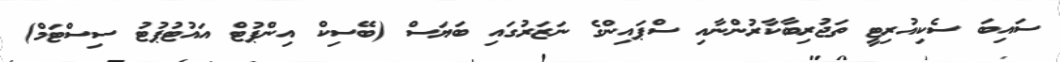
ސައިބަ ސެކިއުރިޓީ ތަޖުރިބާކާރުންނާއި ސްޕައިންގެ ނަޒަރުގައި ބަޔަސް (ބޭސިކް އިންޕުޓް އައުޓުޕުޓު ސިސްޓަމް)